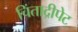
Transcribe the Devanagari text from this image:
चिंताद्रीपेट